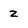
Character: 2